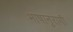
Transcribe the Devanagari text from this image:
भाषानुरागी